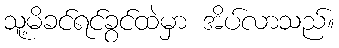
သူ့မိခင်ရင်ခွင်ထဲမှာ အိပ်လာသည်။